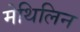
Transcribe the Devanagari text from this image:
मेथिलिन